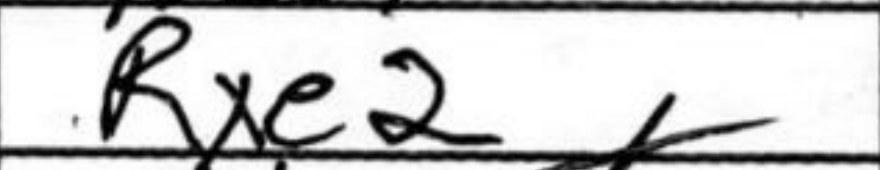
Transcription: Rxe2